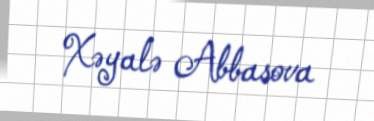
Xəyalə Abbasova